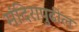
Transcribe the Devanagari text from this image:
मंदिरापुढील